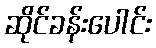
ဆိုင်ခန်းပေါင်း